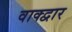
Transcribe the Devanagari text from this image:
वाक्द्वार